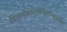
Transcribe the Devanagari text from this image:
मित्रमेकाशुगनिहतपतद्वालिनो